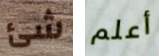
شئ أعلم